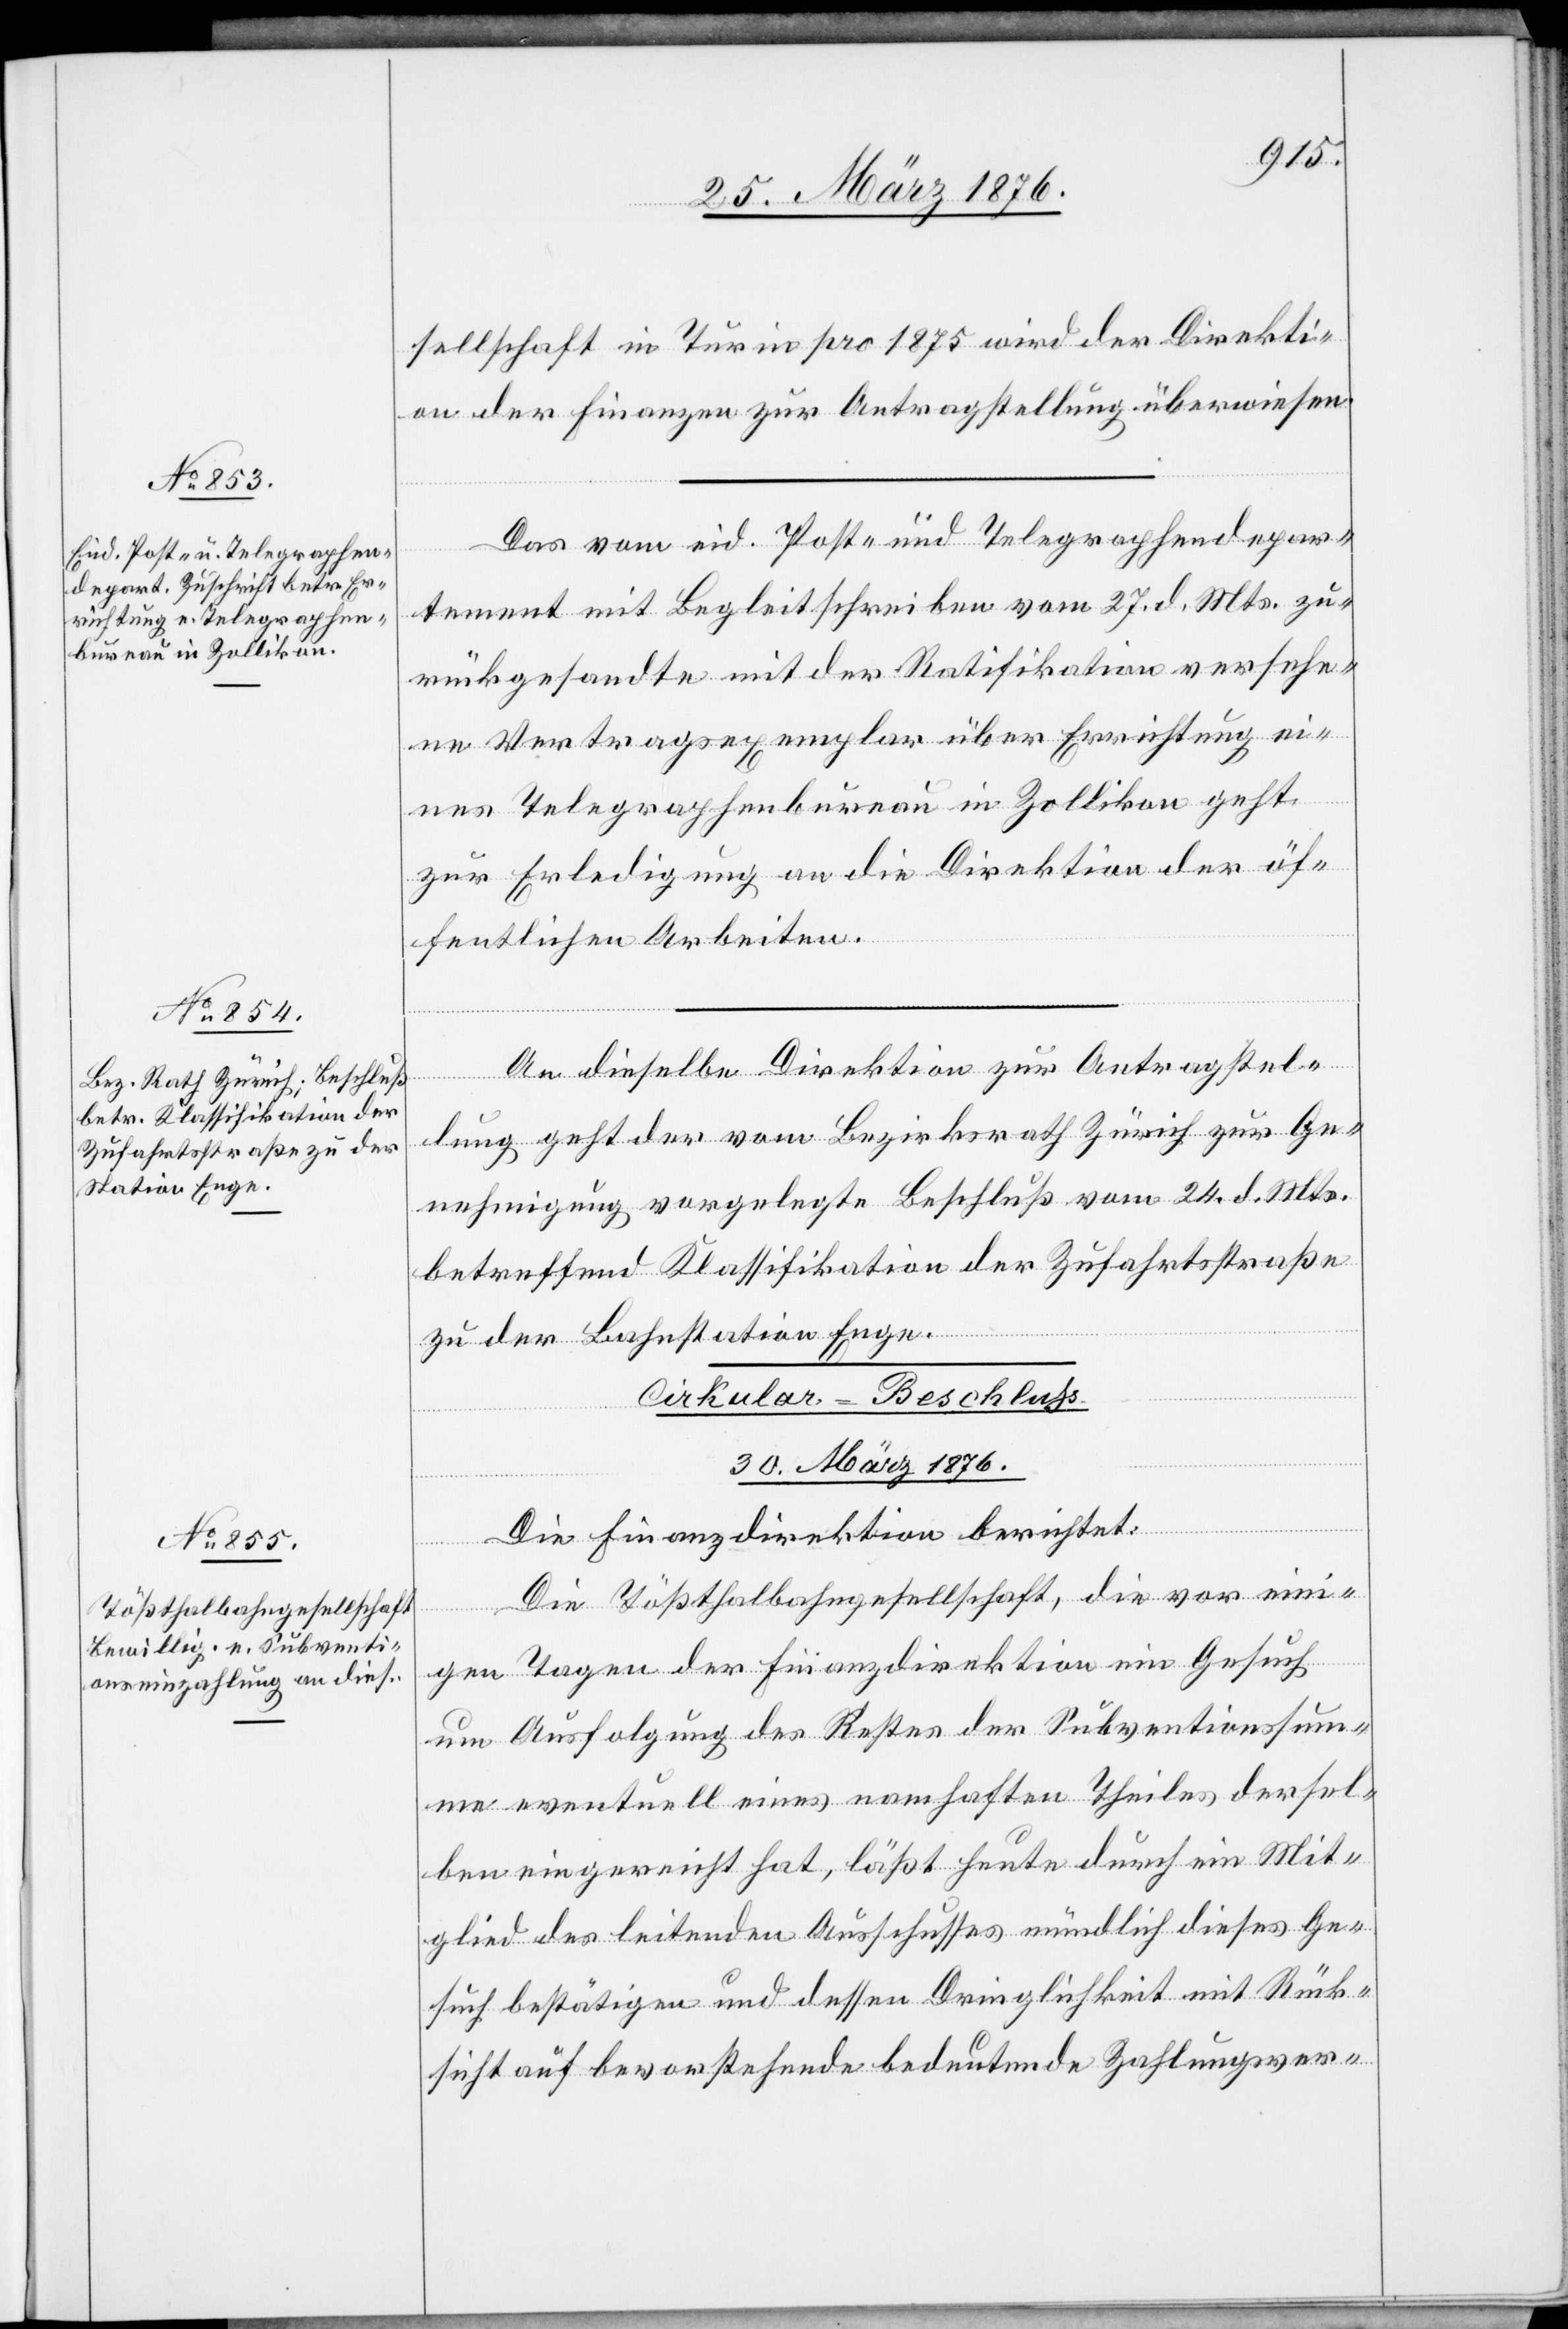
28. März 1876.]
sellschaft in Turin pro 1875 wird der Direkti¬
on der Finanzen zur Antragstellung überwiesen.
Das vom eid. Post- und Telegraphendepar¬
tement mit Begleitschreiben vom 27. d. Mts. zu¬
rückgesandte mit der Ratifikation versehe¬
ne Vertragsexemplar über Errichtung ei¬
nes Telegraphenbureau in Zollikon geht
zur Erledigung an die Direktion der öf¬
fentlichen Arbeiten.
An dieselbe Direktion zur Antragstel¬
lung geht der vom Bezirksrath Zürich zur Ge¬
nehmigung vorgelegte Beschluß vom 24. d. Mts.
betreffend Klassifikation der Zufahrtsstraße
zu der Bahnstation Enge.
Cirkular-Beschluss
30. März 1876.
Die Finanzdirektion berichtet:
Die Tößthalbahngesellschaft, die vor ein¬
igen Tagen der Finanzdirektion ein Gesuch
um Ausfolgung des Restes der Subventionssum¬
me eventuell eines namhaften Theiles dersel¬
ben eingereicht hat, läßt heute durch ein Mit¬
glied des leitenden Ausschusses mündlich dieses Ge¬
such bestätigen und dessen Dringlichkeit mit Rück¬
sicht auf bevorstehende bedeutende Zahlungsver-